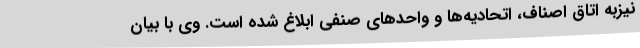
نیزبه اتاق اصناف، اتحادیه‌ها و واحدهای صنفی ابلاغ شده است. وی با بیان